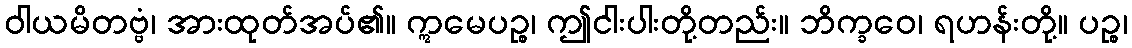
ဝါယမိတဗ္ဗံ၊ အားထုတ်အပ်၏။ ဣမေပဉ္စ၊ ဤငါးပါးတို့တည်း။ ဘိက္ခဝေ၊ ရဟန်းတို့။ ပဉ္စ၊